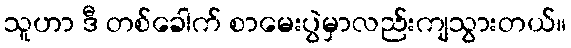
သူဟာ ဒီ တစ်ခေါက် စာမေးပွဲမှာလည်းကျသွားတယ်။